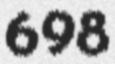
698